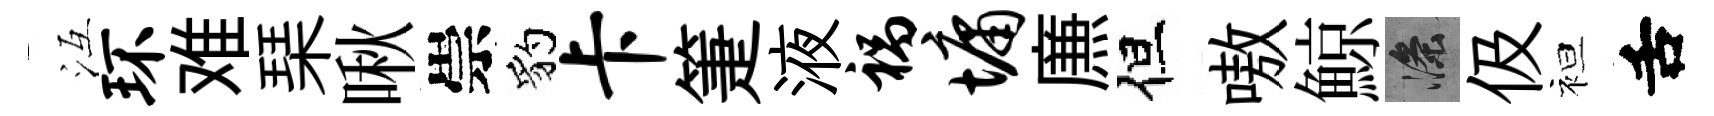
冱环难琹啾崇豹卡箑液祸墉㢘但嗷鯨滌伋袒舌